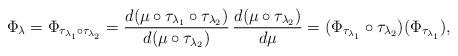
LaTeX: \begin{align*}\Phi_\lambda = \Phi_{\tau_{\lambda_1}\circ \tau_{\lambda_2}}=\frac{d(\mu\circ \tau_{\lambda_1}\circ\tau_{\lambda_2})}{d(\mu\circ \tau_{\lambda_2})}\, \frac{d(\mu\circ \tau_{\lambda_2})}{d\mu}=(\Phi_{\tau_{\lambda_1}}\circ \tau_{\lambda_2})(\Phi_{\tau_{\lambda_1}}),\end{align*}